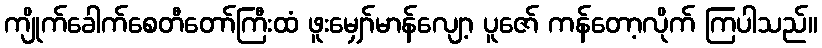
ကျိုက်ခေါက်စေတီတော်ကြီးထံ ဖူးမျှော်မာန်လျော့ ပူဇော် ကန်တော့လိုက် ကြပါသည်။